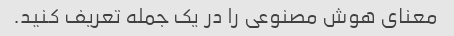
معنای هوش مصنوعی را در یک جمله تعریف کنید.